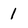
Character: 1